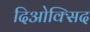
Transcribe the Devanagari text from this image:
दिओक्सिद